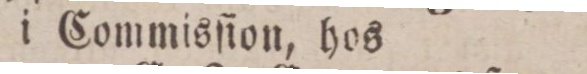
i Commisſion, hos